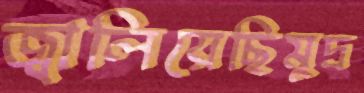
জ্বালিয়েছিমুদ্র